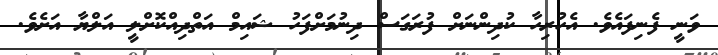
ވަނީ ފެނިފައެވެ. އެހުރިހާ ކުދިންނަށް ފުރަގަސް ދިނުމަށްފަހު ޝައިމް އަތްދިއްކޮށްލީ އަލްޔާ އަށެވެ.